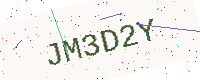
Text: JM3D2Y